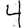
Digit: 4